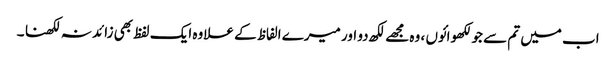
اب میں تم سے جو لکھوائوں ، وہ مجھے لکھ دو اور میرے الفاظ کے علاوہ ایک لفظ بھی زائد نہ لکھنا ۔